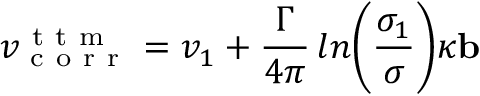
v _ { \mathrm { ~ c ~ o ~ r ~ r ~ } } ^ { \mathrm { ~ t ~ t ~ m ~ } } = v _ { 1 } + \frac { \Gamma } { 4 \pi } \, l n \bigg ( \frac { \sigma _ { 1 } } { \sigma } \bigg ) \kappa \mathbf { b }